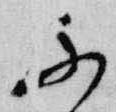
不